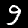
Digit: 9